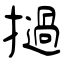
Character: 撾